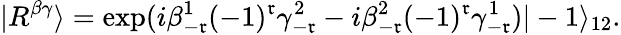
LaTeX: |R^{\beta\gamma}\rangle=\exp(i\beta_{-\mathfrak{r}}^{1}(-1)^{\mathfrak{r}}\gamma_{-\mathfrak{r}}^{2}-i\beta_{-\mathfrak{r}}^{2}(-1)^{\mathfrak{r}}\gamma_{-\mathfrak{r}}^{1})|-1\rangle_{12}.